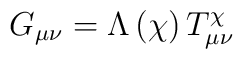
G_{\mu\nu} = \Lambda \left (\chi\right ) T^{\chi}_{\mu\nu}